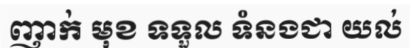
ញាក់ មុខ ទទួល ទំនងជា យល់